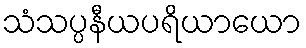
သံသပ္ပနီယပရိယာယော